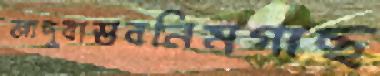
জাদুবাস্তবনিমগাছ